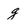
Character: g